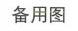
备用图